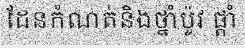
ដែនកំណត់និងថ្នាំប៉ូវ ផ្តាំ